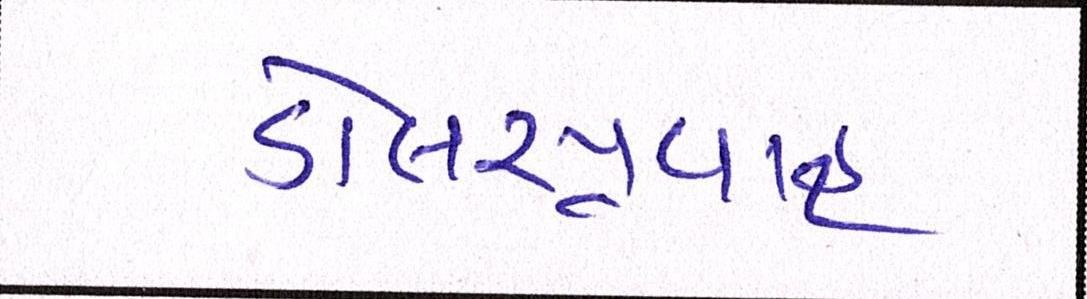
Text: ડોલરપ્રવાહ